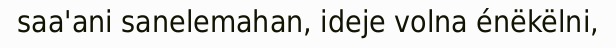
saa'ani sanelemahan, ideje volna énëkëlni,